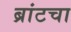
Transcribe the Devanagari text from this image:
ब्रांटचा